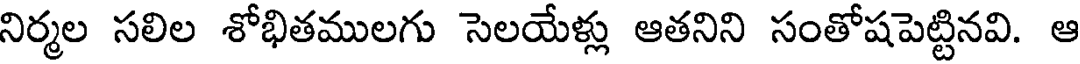
నిర్మల సలిల శోభితములగు సెలయేళ్లు ఆతనిని సంతోషపెట్టినవి. ఆ